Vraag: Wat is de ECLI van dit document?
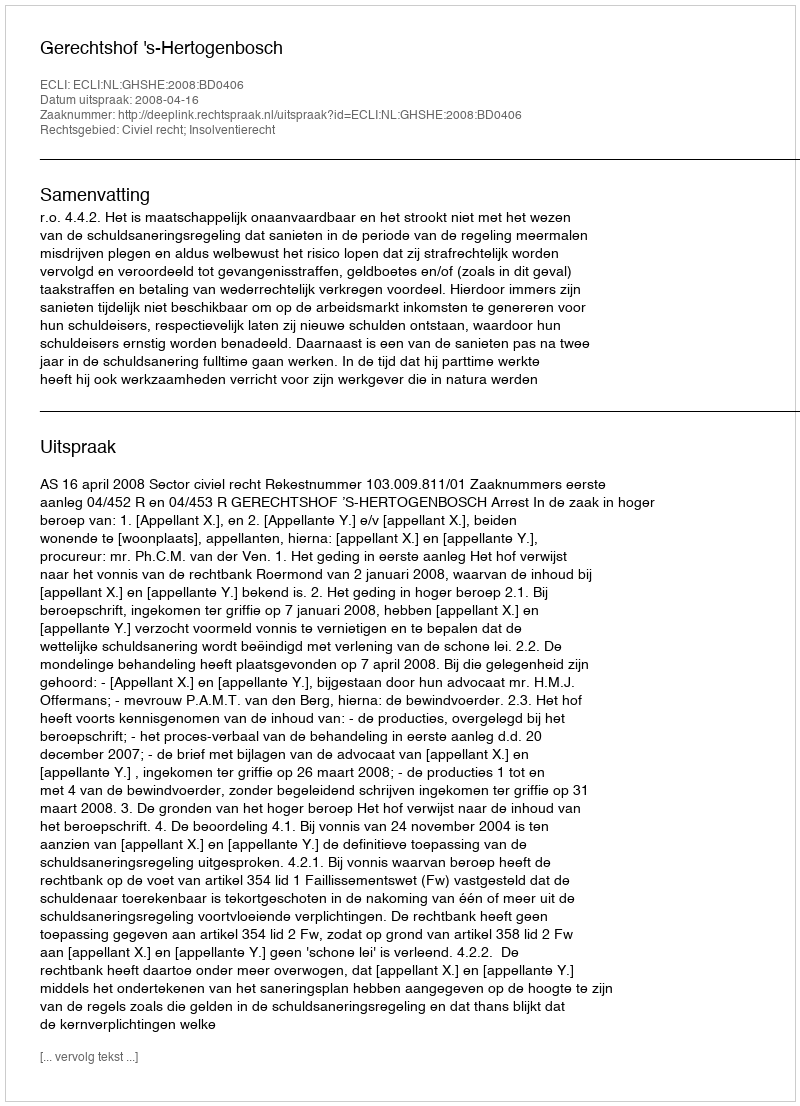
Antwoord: ECLI:NL:GHSHE:2008:BD0406